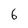
Character: 6